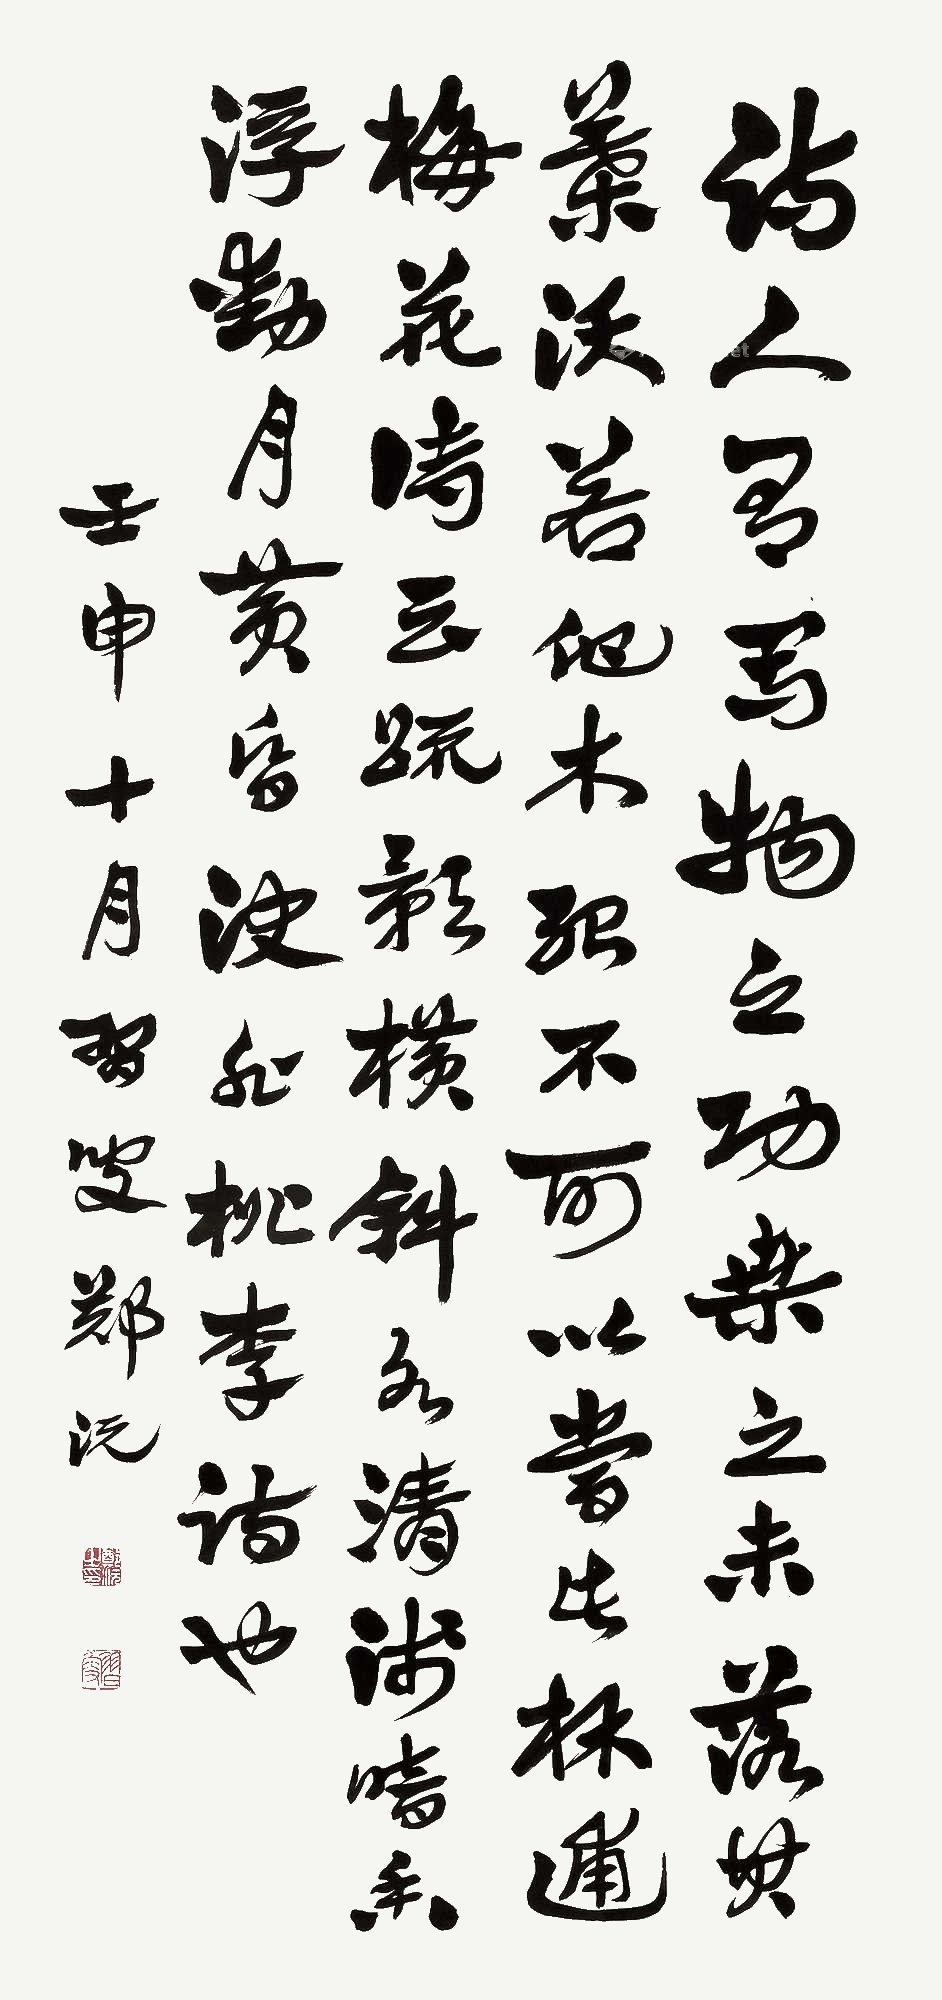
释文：诗人有写物之功，桑之未落，其叶沃若，他木不可以当此。林逋《梅花》诗云：“疏影横斜水清浅，暗香浮动月黄昏。”决非桃李诗也。壬申（1992年）十月，习叟郑沅。郑沅之印（白）、习叟（朱）